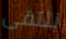
نلتقى